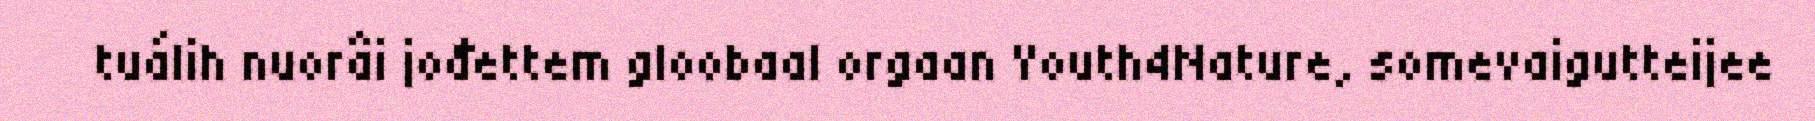
tuálih nuorâi jođettem gloobaal orgaan Youth4Nature, somevaigutteijee